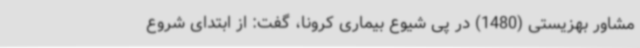
مشاور بهزیستی (1480) در پی شیوع بیماری کرونا، گفت: از ابتدای شروع